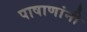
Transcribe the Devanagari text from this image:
पाषाणांनी